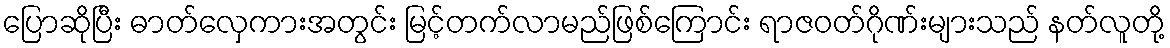
ပြောဆိုပြီး ဓာတ်လှေကားအတွင်း မြင့်တက်လာမည်ဖြစ်ကြောင်း ရာဇဝတ်ဂိုဏ်းများသည် နတ်လူတို့